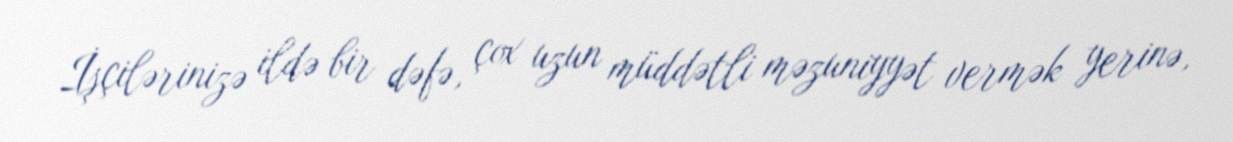
İşçilərinizə ildə bir dəfə, çox uzun müddətli məzuniyyət vermək yerinə,